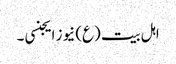
اہل بیت (ع) نیوز ایجنسی ۔